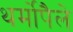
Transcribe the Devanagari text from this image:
थर्मोपैले